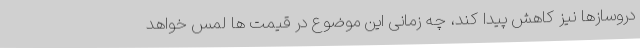
دروسازها نیز کاهش پیدا کند، چه زمانی این موضوع در قیمت ها لمس خواهد